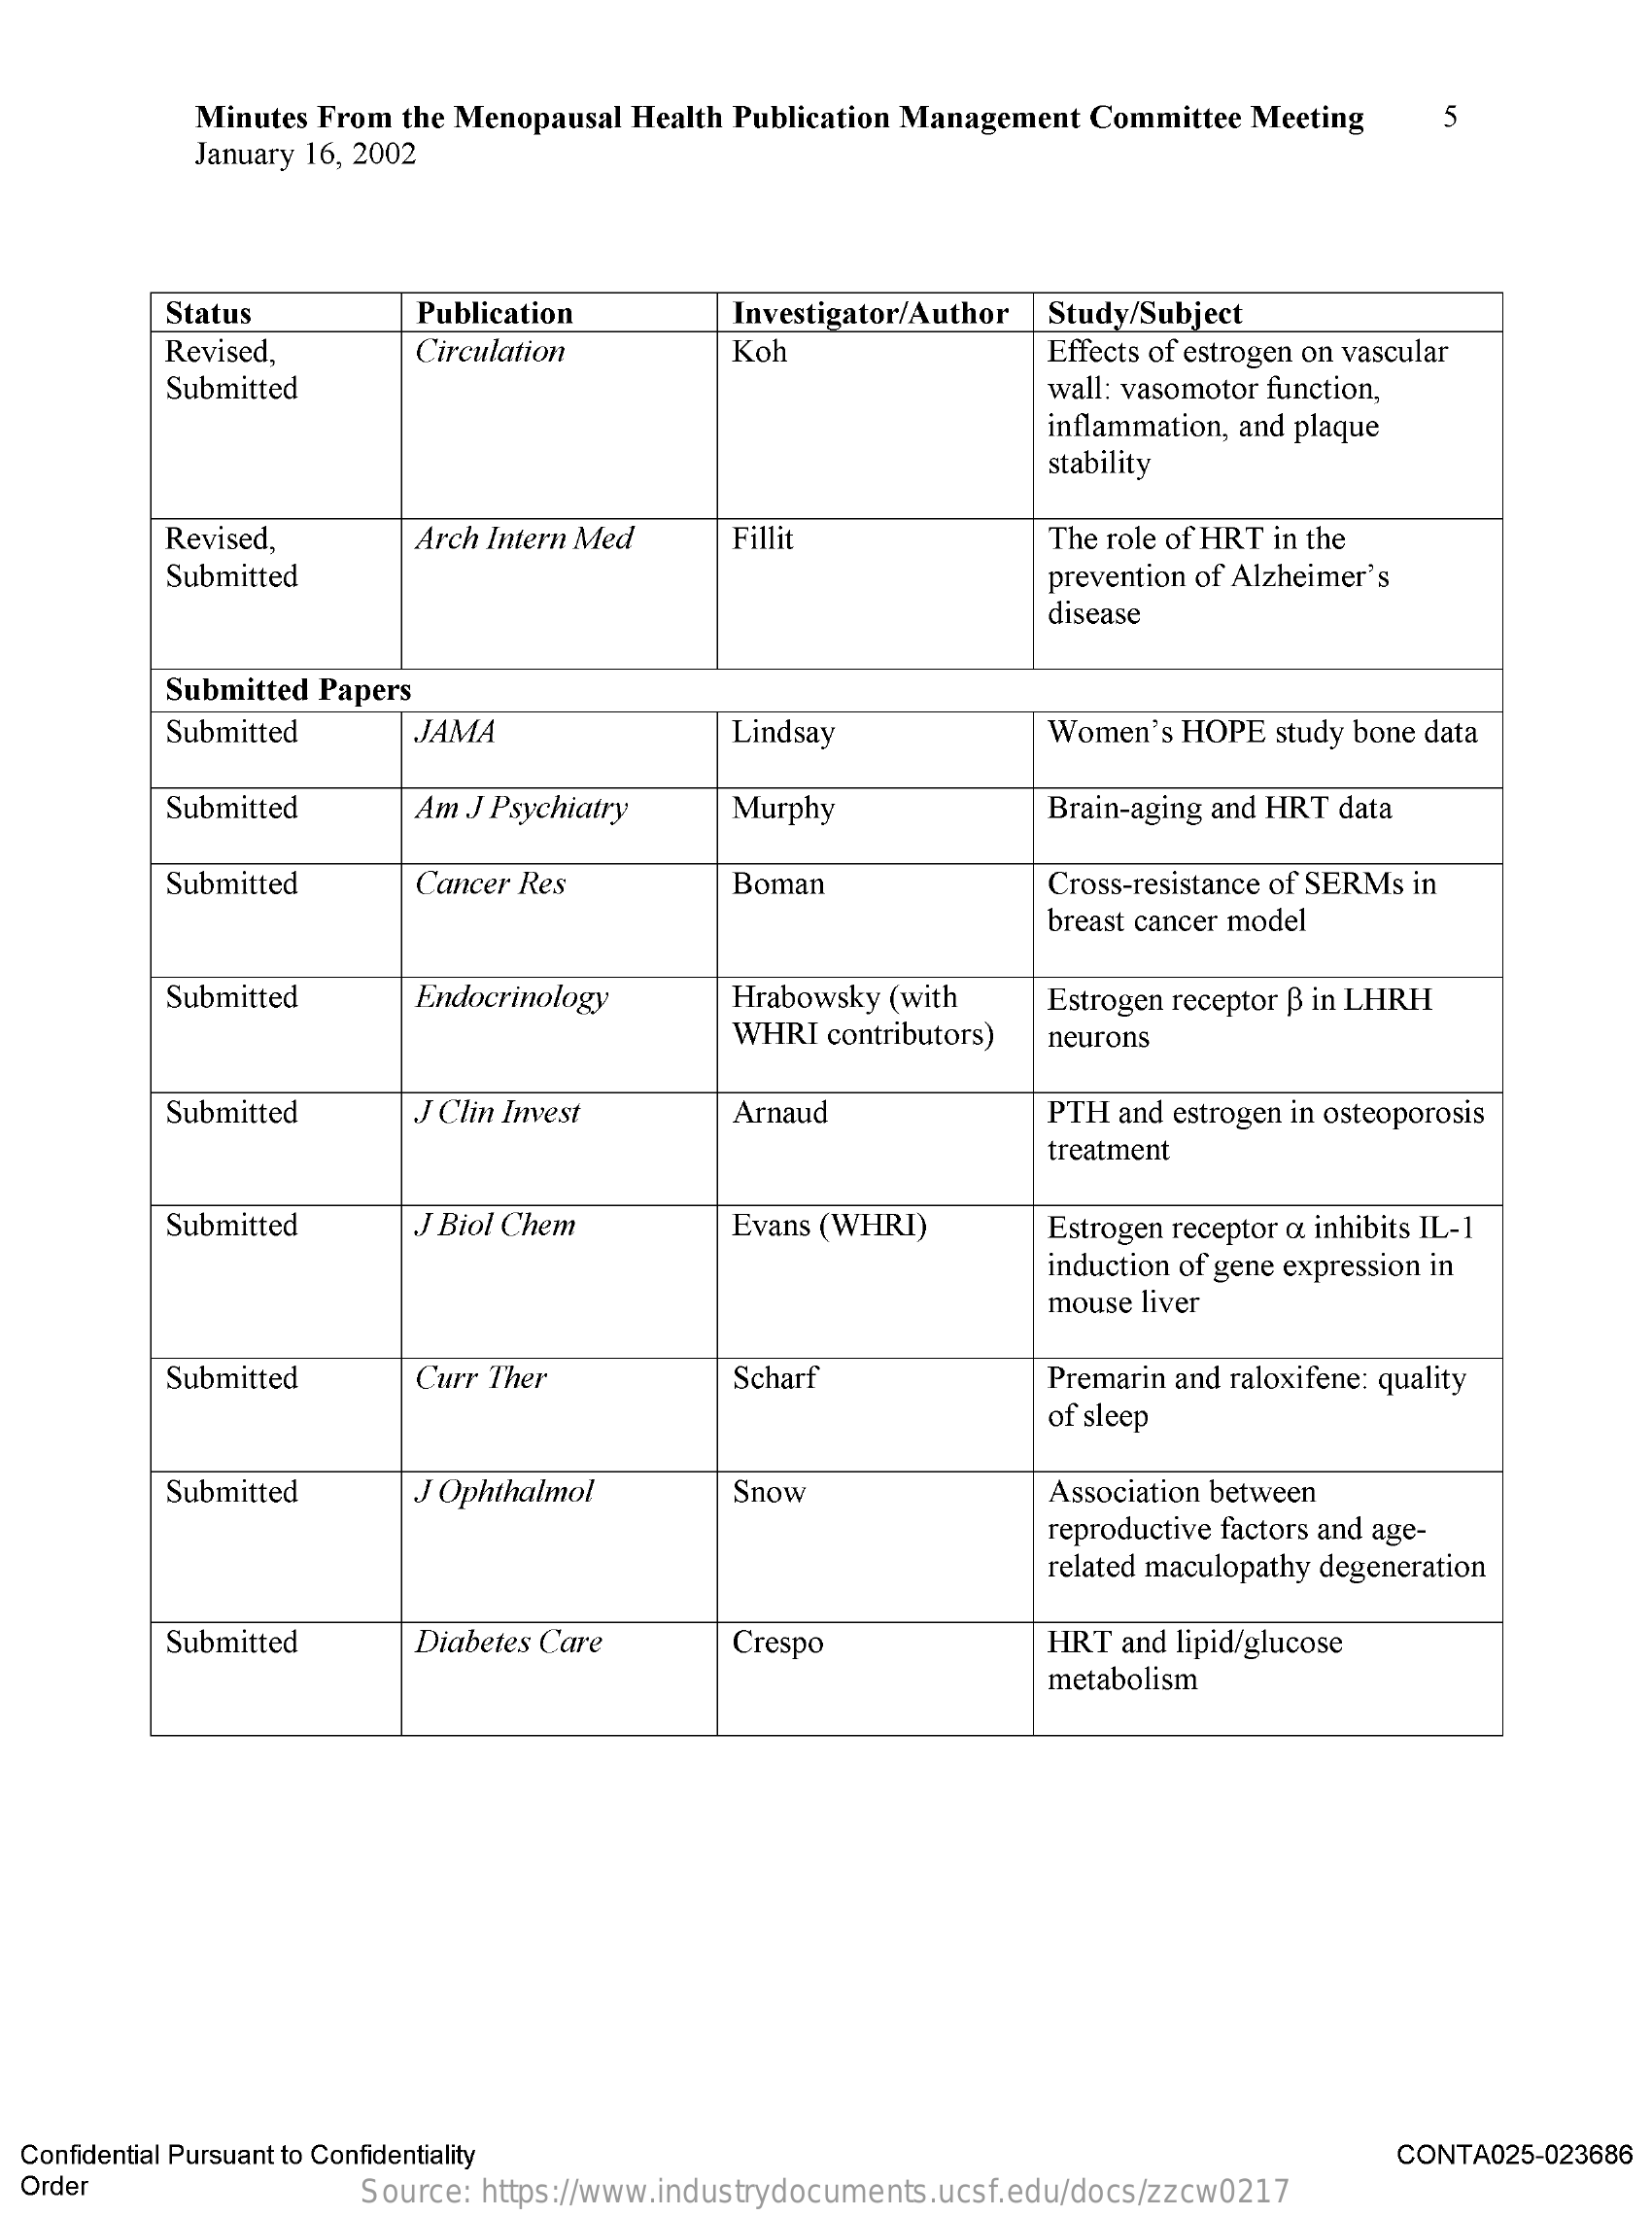
Minutes From the Menopausal Health Publication Management Committee Meeting 5
     January 16, 2002
     Status    Publication    Investigator/Author Study/Subject
     Revised,    Circulation    Koh    Effects of estrogen on vascular
     Submitted    wall: vasomotor function,
     inflammation, and plaque
     stability
     Revised,    Arch Intern Med  Fillit    The role of HRT in the
     Submitted    prevention of Alzheimer's
     disease
     Submitted Papers
     Submitted    JAMA    Lindsay    Women's HOPE study bone data
     Submitted    Am J Psychiatry  Murphy    Brain-aging and HRT data
     Submitted    Cancer Res    Boman    Cross-resistance of SERMs in
     breast cancer model
     Submitted    Endocrinology    Hrabowsky (with
     WHRI contributors)
     Estrogen receptor ß in LHRH
     neurons
     Submitted    J Clin Invest    Arnaud    PTH and estrogen in osteoporosis
     treatment
     Submitted    J Biol Chem    Evans (WHRI)    Estrogen receptor o inhibits IL-1
     induction of gene expression in
     mouse liver
     Submitted    Curr Ther    Scharf    Premarin and raloxifene: quality
     of sleep
     Submitted    J Ophthalmol    Snow    Association between
     reproductive factors and age-
     related maculopathy degeneration
     Submitted    Diabetes Care   Crespo    HRT and lipid/glucose
     metabolism
  Confidential Pursuant to Confidentiality    CONTA025-023686
  Order    Source: https://www.industrydocuments.ucsf.edu/docs/zzcw0217